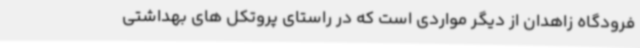
فرودگاه زاهدان از دیگر مواردی است که در راستای پروتکل های بهداشتی